Vaccination in the Punjab 1919-1929 - 1919-1929
Year: 1919
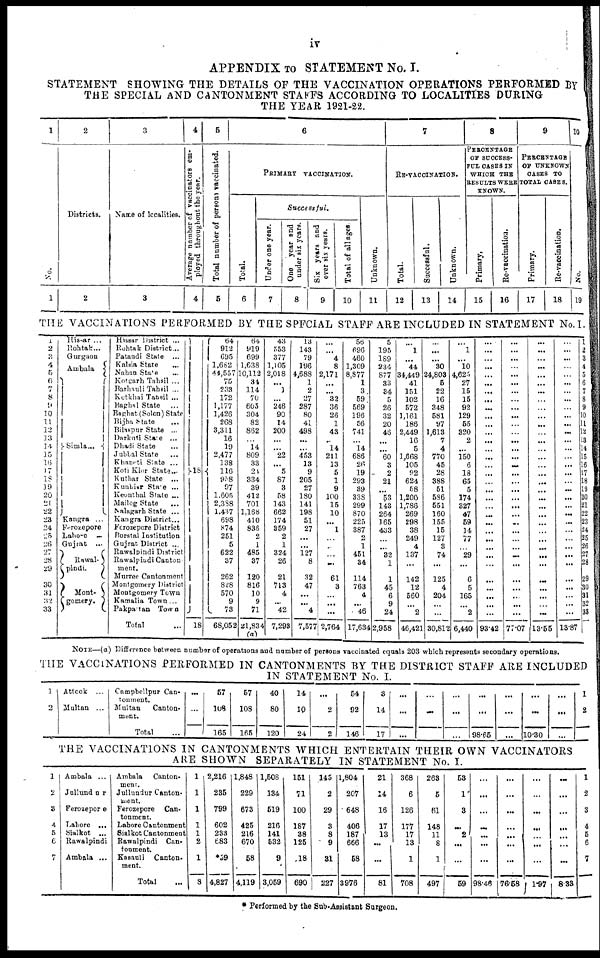
iv
APPENDIX TO STATEMENT No. I.
STATEMENT SHOWING THE DETAILS OF THE VACCINATION OPERATIONS PERFORMED BY
THE SPECIAL AND CANTONMENT STAFFS ACCORDING TO LOCALITIES DURING
THE YEAR 1921-22.
1
No.
1
2
Districts.
2
3
Name of localities.
3
4
Average number of vaccinators em-
ployed throughout the year.
4
5
Total number of persons vaccinated.
5
6
PRIMARY VACCINATION.
Total.
6
Successful.
Under one year.
7
under six years.
8
over six years.
9
Total of all ages.
10
7
RE-VACCINATION.
Unknown.
11
Total.
12
Successful.
13
Unknown.
14
8
PERCENTAGE
OF SUCCESS¬
FUL CASES IN
WHICH THE
RESULTS
WERE
KNOWN.
Primary.
15
Re-vaccination.
16
9
PERCENTAGE
OF UNKNOWN
CASES TO
TOTAL CASES.
Primary.
17
Re-vaccination.
18
10
No.
19
THE VACCINATIONS PERFORMED BY THE SPECIAL STAFF ARE INCLUDED IN STATEMENT No.I.
1
2
3
4
5
6
7
8
9
10
11
12
13
14
15
16
17
18
19
20
21
22
23
24
25
26
27
28
29
30
31
32
33
Hissar ...
Rohtak ...
Gurgaon
Ambala
Simla ...
Kangra ...
Ferozepore
Lahore ...
Gujrat ...
Rawal¬
pindi.
Mont¬
gomery.
Hissar District ...
Rohtak District ...
Patandi State ...
Kalsia State
...
Nahan State
...
Kotgarh Tahsil ...
Barhauli Tahsil ...
Kotkhai Tahsil ...
Baghal State
...
Baghat (Solon) State
Bijha State
...
Bilaspur State ...
Darkuti State ...
Dhadi State ...
Jubbal State
...
Khapati State ...
Koti Kior State ...
Kuthar State ...
Kunhiar State ...
Keonthal State ...
Mailog State
...
Nalagarh State ...
Kangra District ...
Ferozepore District
Borstal Institution
Gujrat District ...
Rawalpindi District
Rawalpindi Canton¬
ment.
Murree Cantonment
Montgomery District
Montgomery Town
Kamalia Town ...
Pakpattan Town ...
Total ...
18
18
64
912
695
1,682
44,557
75
233
172
1,177
1,426
268
3,311
16
19
2,477
138
116
958
97
1,605
2,388
1,437
698
874
251
5
622
37
262
828
570
9
73
68,052
64
919
699
1,638
10,112
34
114
70
605
304
82
862
...
14
809
33
24
334
39
412
701
1,168
410
836
2
1
485
37
120
816
10
9
71
21,834
(a)
43
553
377
1,105
2,018
...
1
...
246
90
14
200
...
...
22
...
5
87
3
58
143
662
174
359
2
1
324
26
21
713
4
...
42
7,293
13
143
79
196
4,688
1
2
27
287
80
41
498
...
...
453
13
9
205
27
180
141
198
51
27
...
...
127
8
32
47
...
...
4
7,577
...
...
4
8
2,171
...
...
32
36
26
1
43
...
14
211
13
5
1
9
100
15
10
...
1
...
...
...
...
61
3
...
...
2,764
56
696
460
1,309
8,877
1
3
59
569
196
56
741
...
14
686
26
19
293
39
338
299
870
225
387
2
1
451
34
114
763
4
...
46
17,634
5
195
189
234
877
33
34
5
26
32
20
46
...
...
60
3
2
21
...
53
143
264
165
433
...
...
32
1
1
45
6
9
24
2,958
...
1
...
44
34,449
41
151
102
572
1,161
186
2,449
16
5
1,668
105
92
624
58
1,200
1,786
269
298
38
249
4
137
...
142
12
560
...
2
46,421
...
...
...
30
24,803
5
22
16
348
581
97
1,613
7
4
770
45
28
388
51
586
551
160
155
15
127
3
74
...
125
4
204
...
...
30,812
...
1
.. .
10
4,625
27
15
15
92
129
55
320
2
...
150
6
18
65
5
174
327
47
59
14
77
...
29
...
6
5
165
2
6,440
...
...
...
...
...
...
...
...
...
...
...
...
...
...
...
...
...
...
...
...
...
...
...
...
...
...
...
...
...
...
...
...
...
93.42
...
...
...
...
...
...
...
...
...
...
...
...
...
...
...
...
...
...
...
...
...
...
...
...
...
...
...
...
...
...
...
...
...
77.07
...
...
...
...
...
...
...
...
...
...
...
...
...
...
...
...
...
...
...
...
...
...
...
...
...
...
...
...
...
...
...
...
...
13.55
...
...
...
...
...
...
...
...
...
...
...
...
...
...
...
...
...
...
...
...
...
...
...
...
...
...
...
...
...
...
...
...
...
13.87
1
2
3
4
5
6
7
8
9
10
11
12
13
14
15
16
17
18
19
20
21
22
23
24
25 26
27
28
29
30
31
32
33
NOTE—(a) Difference between number of operations and number of persons vaccinated equals 203 which represents secondary operations.
THE VACCINATIONS PERFORMED IN CANTONMENTS BY THE DISTRICT STAFF ARE INCLUDED
IN STATEMENT No. I.
1
2
Attock ...
Multan ...
Campbellpur Can-
tonment.
Multan
Canton-
ment.
Total ...
...
...
...
57
108
165
57
108
165
40
80
120
14
10
24
...
2
2
54
92
146
3
14
17
...
...
...
...
...
...
...
...
...
...
...
98.65
...
...
...
...
...
10.30
...
...
...
1
2
...
THE VACCINATIONS IN CANTONMENTS WHICH ENTERTAIN THEIR OWN VACCINATORS
ARE SHOWN SEPARATELY IN STATEMENT No. I.
1
2
3
4
5
6
7
Ambala ...
Jullundur ...
Ferozepore ...
Lahore ...
Sialkot ...
Rawalpindi ...
Ambala ...
Ambala
Canton¬
ment.
Jullundur Canton-
ment.
Ferozepore
Can¬
tonment.
Lahore Cantonment.
Sialkot Cantonment.
Rawalpindi
Can-
tonment.
Kasauli
Canton¬
ment.
Total ...
1
1
1
1
1
2
1
8
2,216
235
799
602
233
683
*59
4,827
1,848
229
673
425
216
670
58
4,119
1,508
134
519
216
141
532
9
3,059
151
71
100
187
38
125
18
690
145
2
29
3
8
9
31
227
1,804
207
648
406
187
666
68
3976
21
14
16
17
13
...
...
81
368
6
126
177
17
13
1
708
263
5
61
148
11
8
1
497
53
1
3
...
2
...
...
59
...
...
...
...
...
...
...
98.46
...
...
...
...
...
...
...
76.58
...
...
...
...
...
1.97
...
...
...
...
...
...
...
8.33
1
2
3
4
5
6
7
* Performed by the Sub-Assistant Surgeon.